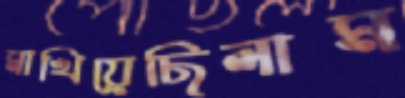
মাখিয়েছিলাম